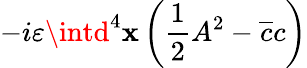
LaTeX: -i\varepsilon\intd^{4}\mathbf{x}\left(\frac{{1}}{{2}}A^{2}-\overline{{{{c}}}}c\right)